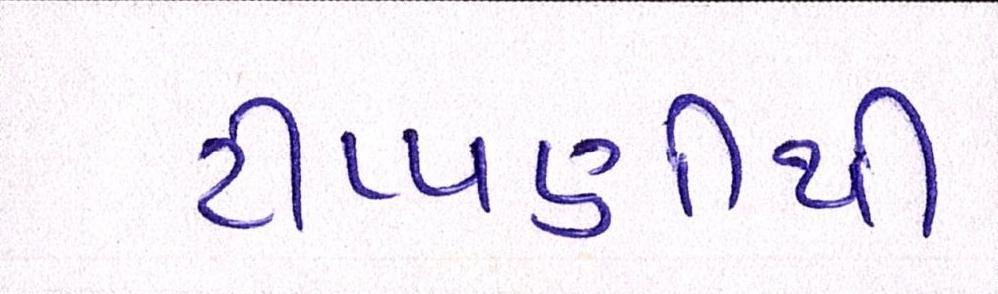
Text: ટીપ્પણીથી